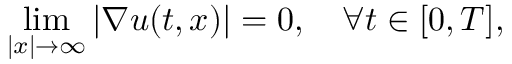
\operatorname* { l i m } _ { | x | \rightarrow \infty } | \nabla u ( t , x ) | = 0 , \quad \forall t \in [ 0 , T ] ,